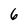
Character: 6